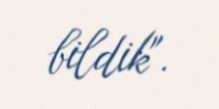
bildik".